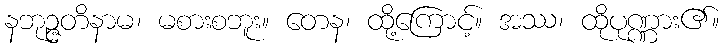
နဘုဉ္ဇတိနာမ၊ မစားစဘူး။ တေန၊ ထို့ကြောင့်။ အဿ၊ ထိုပုဏ္ဏား၏။